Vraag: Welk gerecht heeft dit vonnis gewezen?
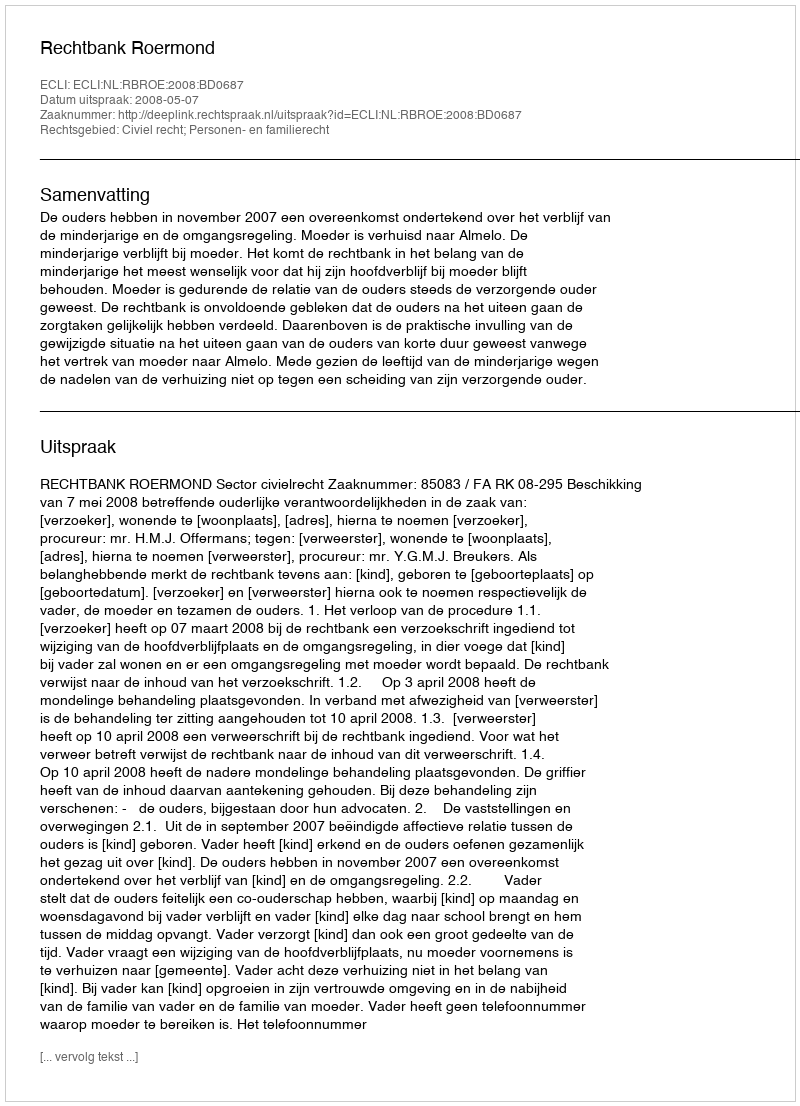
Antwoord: Rechtbank Roermond